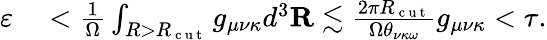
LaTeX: \begin{array}{rl}{\varepsilon}&{{}<\frac{1}{\Omega}\int_{R>R_{\mathrm{~c~u~t~}}}g_{\mu\nu\kappa}d^{3}\mathbf{R}\lesssim\frac{2\pi R_{\mathrm{~c~u~t~}}}{\Omega\theta_{\nu\kappa\omega}}g_{\mu\nu\kappa}<\tau.}\end{array}